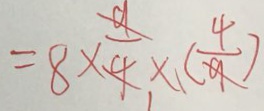
= 8 \times \frac { 9 } { 4 } \times 、 ( \frac { 4 } { 9 } )